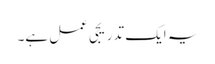
یہ ایک تدریجی عمل ہے۔